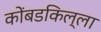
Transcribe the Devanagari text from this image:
कोंबडकिल्ला